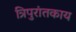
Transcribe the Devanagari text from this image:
त्रिपुरांतकाय